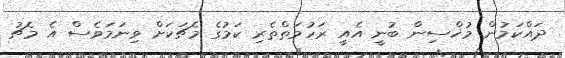
ދައްކަމުން މުޚްސިން ބުނީ އެއީ ރަހުމަތްތެރި ކަމުގެ މެޗަކަށް ވިނަމަވެސް އެ މެޗު